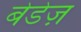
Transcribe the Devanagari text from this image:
बेडेज़